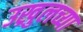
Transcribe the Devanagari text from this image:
उख्रुलच्या